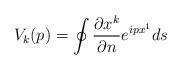
LaTeX: \begin{align*}V_{k}(p)=\oint \frac{\partial x^{k}}{\partial n}e^{ipx^{1}}ds\end{align*}